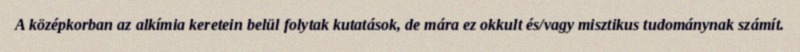
A középkorban az alkímia keretein belül folytak kutatások, de mára ez okkult és/vagy misztikus tudománynak számít.